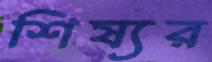
শিষ্যর